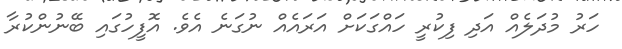
ހަރު މުދަލެއް އަދި ފިކުރީ ހައްގަކަށް އަރައެއް ނުގަނެ އެވެ. އޮފީހުގައި ބޭނުންކުރާ